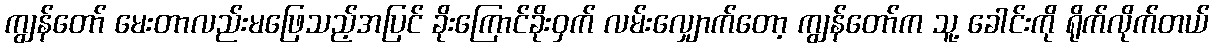
ကျွန်တော် မေးတာလည်းမဖြေသည့်အပြင် ခိုးကြောင်ခိုးဝှက် လမ်းလျှောက်တော့ ကျွန်တော်က သူ့ ခေါင်းကို ရိုက်လိုက်တယ်